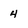
Character: 4